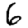
Digit: 6